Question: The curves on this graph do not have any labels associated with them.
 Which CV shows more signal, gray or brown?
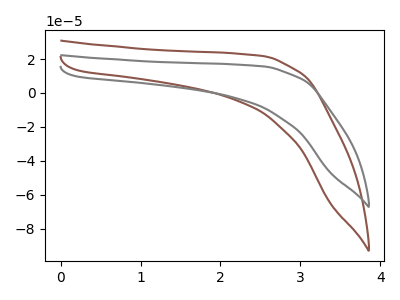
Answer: <think>The brown curve "brown" has no peaks. The gray curve "gray" has no peaks.
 Neither "gray" or "brown" have any peaks.</think>
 <answer>I cant tell if "gray" or "brown" has more signal.</answer>
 <eval>mixed_signal</eval>